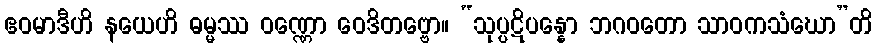
ဧဝမာဒီဟိ နယေဟိ ဓမ္မဿ ဝဏ္ဏော ဝေဒိတဗ္ဗော။ “သုပ္ပဋိပန္နော ဘဂဝတော သာဝကသံဃော”တိ